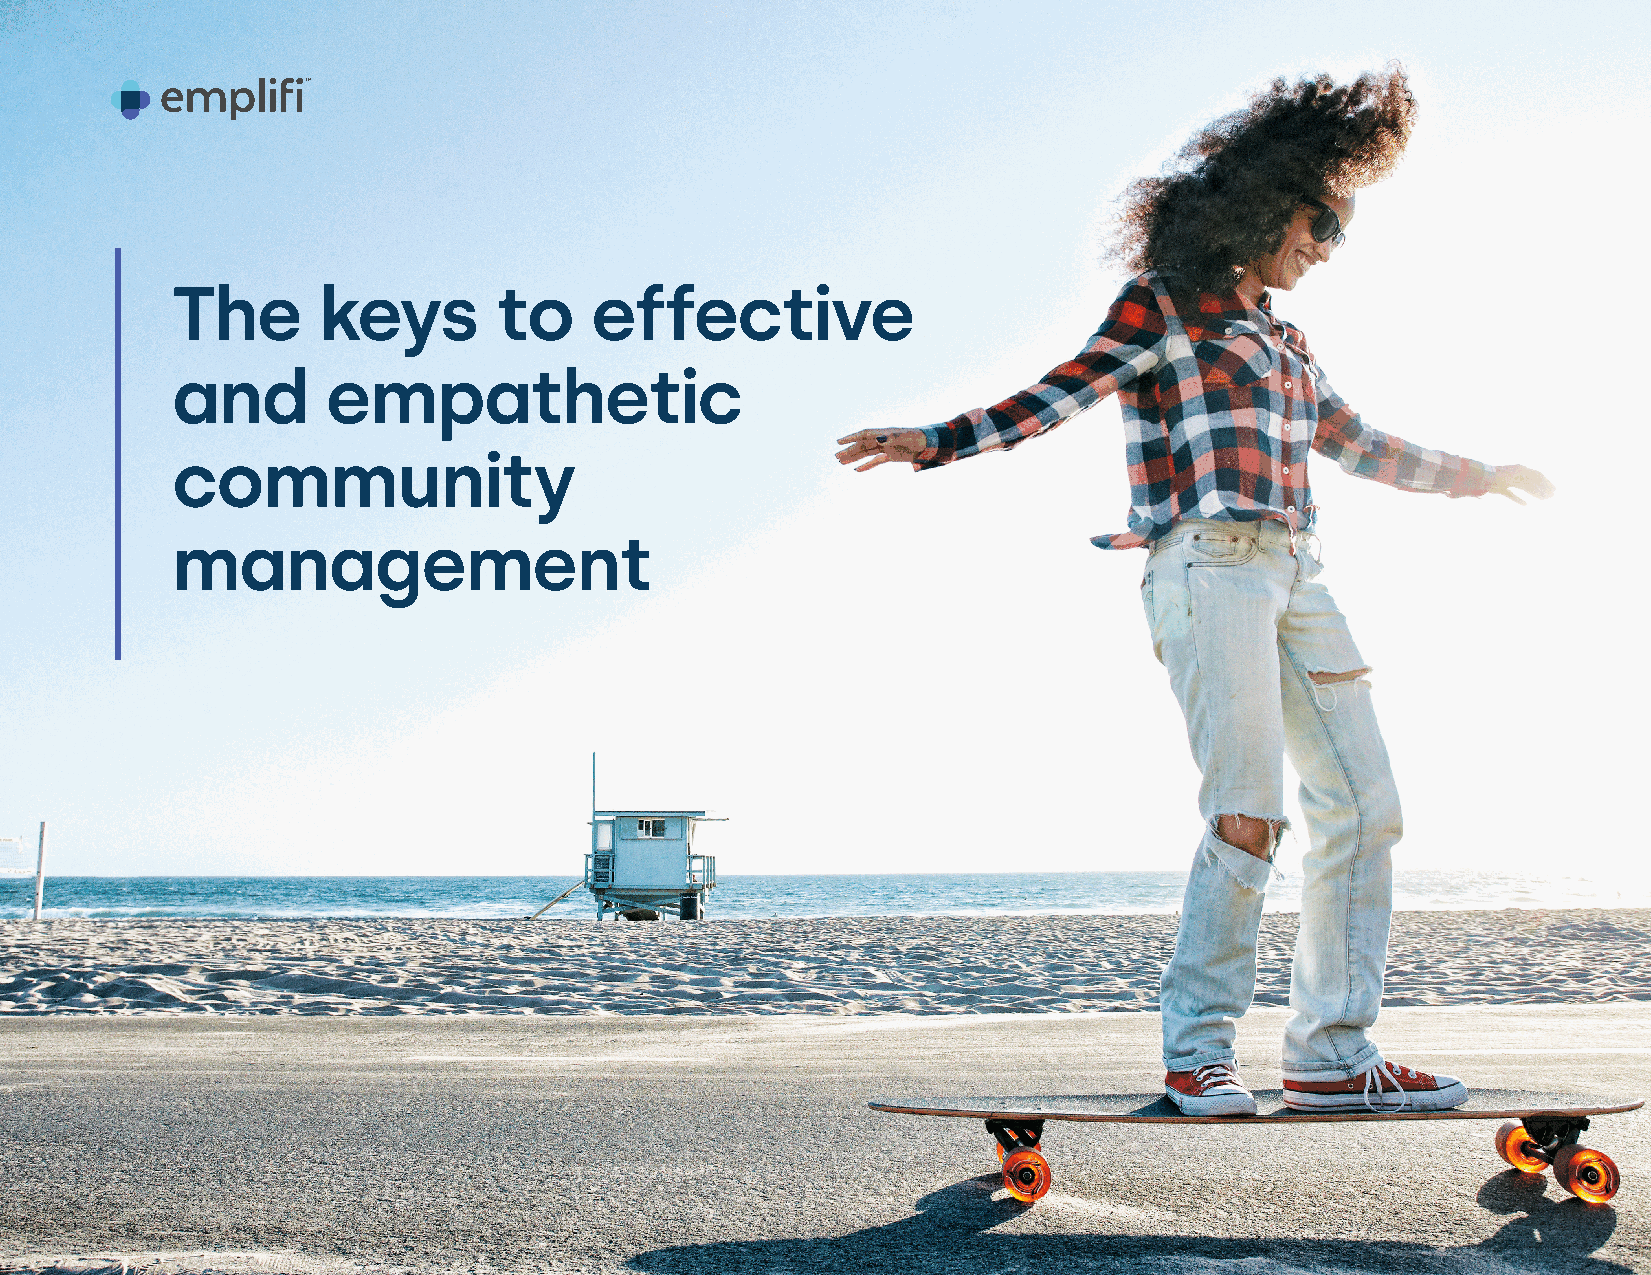
The       keys        to    effective
 and        empathetic
 community
 management
 11